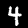
Digit: 4